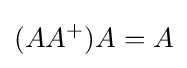
(AA^{+})A=A